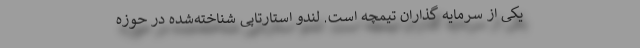
یکی از سرمایه گذاران تیمچه است. لندو استارتاپی شناخته‌شده در حوزه